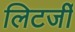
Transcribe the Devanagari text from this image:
लिटर्जी